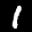
Digit: 1